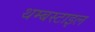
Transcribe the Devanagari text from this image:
थम्बस्टाइल